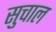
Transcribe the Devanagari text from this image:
सुचाल